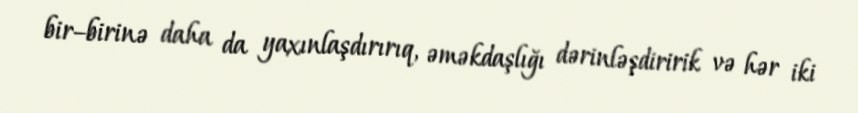
bir–birinə daha da yaxınlaşdırırıq, əməkdaşlığı dərinləşdiririk və hər iki